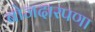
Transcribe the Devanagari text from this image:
बोजदारपणा